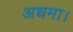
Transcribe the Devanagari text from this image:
अधमा।